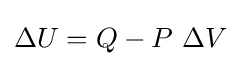
\Delta U=Q-P~\Delta V